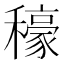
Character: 𮃳